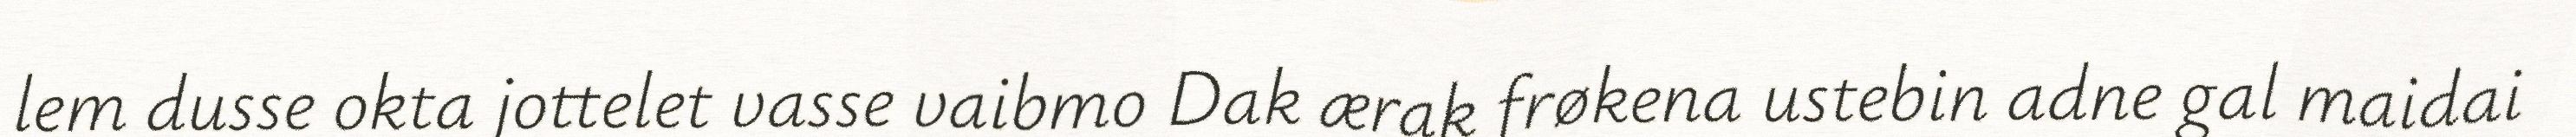
lem dusse okta jottelet vasse vaibmo Dak ærak frøkena ustebin adne gal maidai